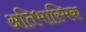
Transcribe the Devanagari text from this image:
अतिभास्मिक